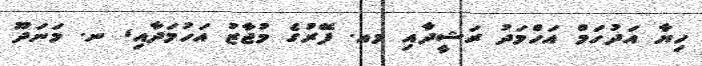
ހިޔާ އަދުހަމް އަހްމަދު ރަޝީދާއި މއ. ފޭރުގެ މުޖާޒު އަހުމަދާއި